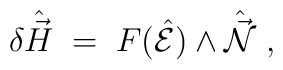
\delta \hat{\vec{H}} \;=\; F(\hat{\cal E})\wedge \hat{\vec{\cal N}} \; ,